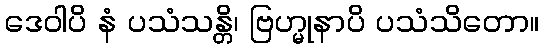
ဒေဝါပိ နံ ပသံသန္တိ၊ ဗြဟ္မုနာပိ ပသံသိတော။